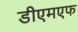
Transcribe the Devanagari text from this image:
डीएमएफ